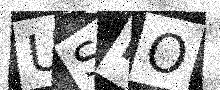
Text: USFO